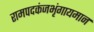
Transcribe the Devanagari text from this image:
रामपदकंजभृंगायमान